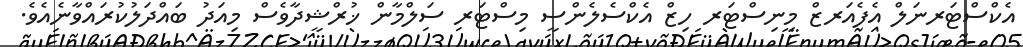
އެކްސްޓަރނަލް އެފެއަރޒް މިނިސްޓަރ ހިޒް އެކްސެލެންސީ މިސްޓަރ ސަލްމާން ޚުރްޝީދާވެސް މިއަދު ބައްދަލުކުރައްވާނެއެވެ.